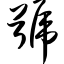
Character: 号